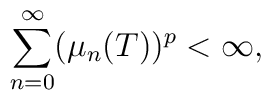
\sum_{n=0}^{\infty} ( {\mu}_{n}(T) )^{p} < {\infty},